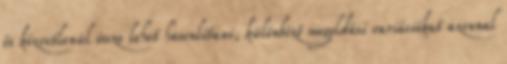
és közvetlenül össze lehet hasonlítani, különbözô megoldási variációkat azonnal